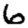
Digit: 6